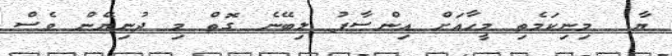
ޔާ  މިނިކަމެތި މީހާއަށް އިންސާފު ލިބޭނެ ގޮތް މި ދުނިޔޭން ވެސް